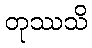
တုဿသိ